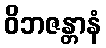
ဝိဘဇန္တာနံ